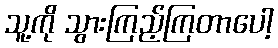
သူ့ကို သွားကြည့်ကြတာပေါ့